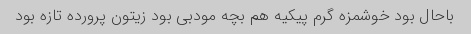
باحال بود خوشمزه گرم پیکیه هم بچه مودبی بود زیتون پرورده تازه بود